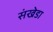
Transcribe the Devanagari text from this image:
संखेडा